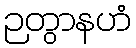
ဉတွာနဟံ